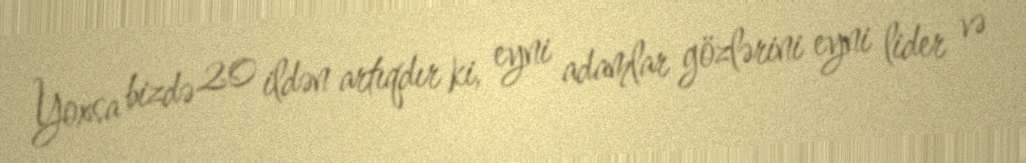
Yoxsa bizdə 20 ildən artıqdır ki, eyni adamlar gözlərini eyni lider və